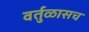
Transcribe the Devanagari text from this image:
वर्तुळासच